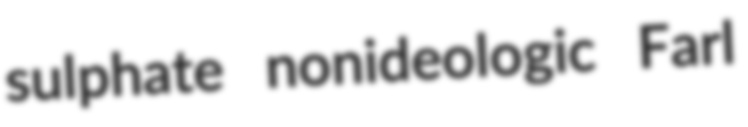
sulphate nonideologic Farl